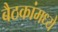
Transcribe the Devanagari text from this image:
बैठकांमध्ये